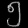
Digit: ၅